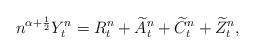
LaTeX: \begin{align*}n^{\alpha+\frac 12}Y^n_t = R^n_t+ \widetilde{A}^n_t + \widetilde{C}^n_t + \widetilde{Z}^n_t,\end{align*}